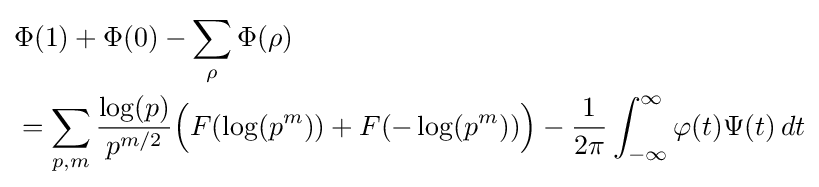
{\begin{aligned}&\Phi (1)+\Phi (0)-\sum _{\rho }\Phi (\rho )\\&=\sum _{p,m}{\frac {\log(p)}{p^{m/2}}}{\Big (}F(\log(p^{m}))+F(-\log(p^{m})){\Big )}-{\frac {1}{2\pi }}\int _{-\infty }^{\infty }\varphi (t)\Psi (t)\,dt\end{aligned}}